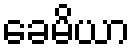
ခေမိယာ